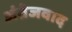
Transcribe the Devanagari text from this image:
अंग्रेजवाद